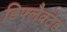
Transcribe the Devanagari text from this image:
डिफ्लैक्टेड